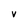
Character: V